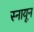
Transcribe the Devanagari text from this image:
स्नायून